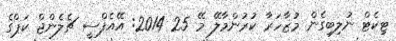
ޓިކެޓް ނުލިބިގެން މުޒާހަރާ ކުރުންމާލޭ މޭ 25 2014: އޭއެފްސީ ޗެލެންޖް ކަޕްގެ